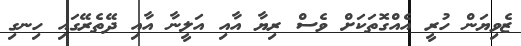
ޒެވިޔަން ހުރީ އެއްގޮތަކަށް ވެސް ރިޔާ އާއި އަލީނާ އާއި ދޭތެރޭގައި ހިނގި